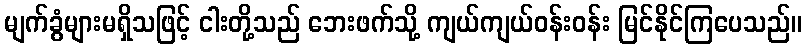
မျက်ခွံများမရှိသဖြင့် ငါးတို့သည် ဘေးဖက်သို့ ကျယ်ကျယ်ဝန်းဝန်း မြင်နိုင်ကြပေသည်။